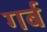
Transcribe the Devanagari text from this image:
गर्ब